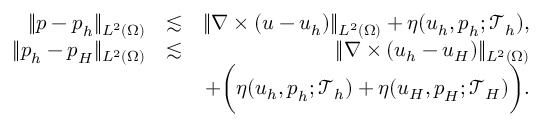
\begin{array} { r l r } { \| \boldsymbol { p } - \boldsymbol { p } _ { h } \| _ { L ^ { 2 } ( \Omega ) } } & { \lesssim } & { \| \nabla \times ( \boldsymbol { u } - \boldsymbol { u } _ { h } ) \| _ { L ^ { 2 } ( \Omega ) } + \eta ( \boldsymbol { u } _ { h } , \boldsymbol { p } _ { h } ; \mathcal { T } _ { h } ) , } \\ { \| \boldsymbol { p } _ { h } - \boldsymbol { p } _ { H } \| _ { L ^ { 2 } ( \Omega ) } } & { \lesssim } & { \| \nabla \times ( \boldsymbol { u } _ { h } - \boldsymbol { u } _ { H } ) \| _ { L ^ { 2 } ( \Omega ) } } \\ & { } & { + \bigg ( \eta ( \boldsymbol { u } _ { h } , \boldsymbol { p } _ { h } ; \mathcal { T } _ { h } ) + \eta ( \boldsymbol { u } _ { H } , \boldsymbol { p } _ { H } ; \mathcal { T } _ { H } ) \bigg ) . } \end{array}